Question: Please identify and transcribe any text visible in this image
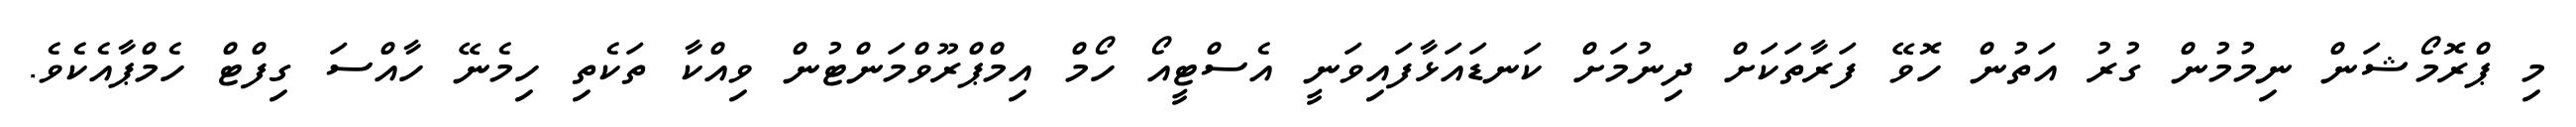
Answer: މި ޕްރޮމޯޝަން ނިމުމުން ގުރު އަތުން ހޮވޭ ފަރާތަކަށް ދިނުމަށް ކަނޑައަޅާފައިވަނީ އެސްޓީއޯ ހޯމް އިމްޕްރޫވްމަންޓުން ވިއްކާ ތަކެތި ހިމެނޭ ހާއްސަ ގިފްޓް ހެމްޕާއެކެވެ.